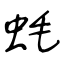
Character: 蚝